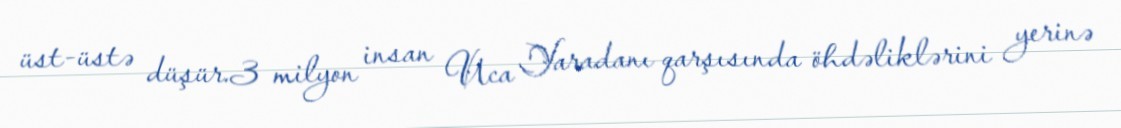
üst-üstə düşür.3 milyon insan Uca Yaradanı qarşısında öhdəliklərini yerinə